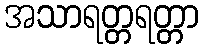
အသာရတ္တရတ္တာ